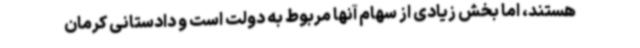
هستند، اما بخش زیادی از سهام آنها مربوط به دولت است و دادستانی کرمان